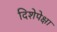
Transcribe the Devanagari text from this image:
दिशेपेक्षा